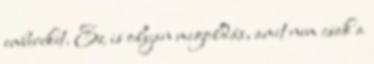
embereket. Ez is olyan megoldás, amit nem csak a